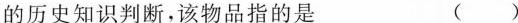
的历史知识判断，该物品指的是 ()